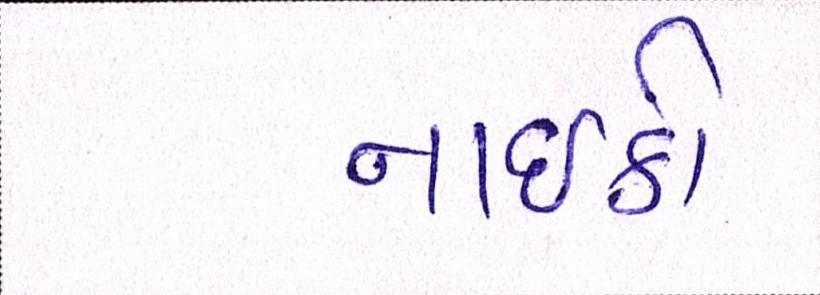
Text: નાઇકી